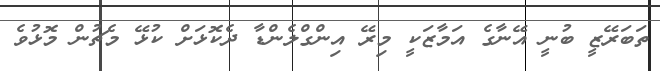
ތަބަރޭޒީ ބުނީ އޭނާގެ އަމާޒަކީ މިރޭ އިންގްލެންޑާ ދެކޮޅަށް ކުޅޭ މެޗުން މޮޅުވެ